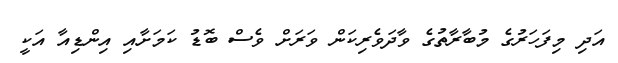
އަދި މިފަހަރުގެ މުބާރާތުގެ ވާދަވެރިކަން ވަރަށް ވެސް ބޮޑު ކަމަށާއި އިންޑިއާ އަކީ